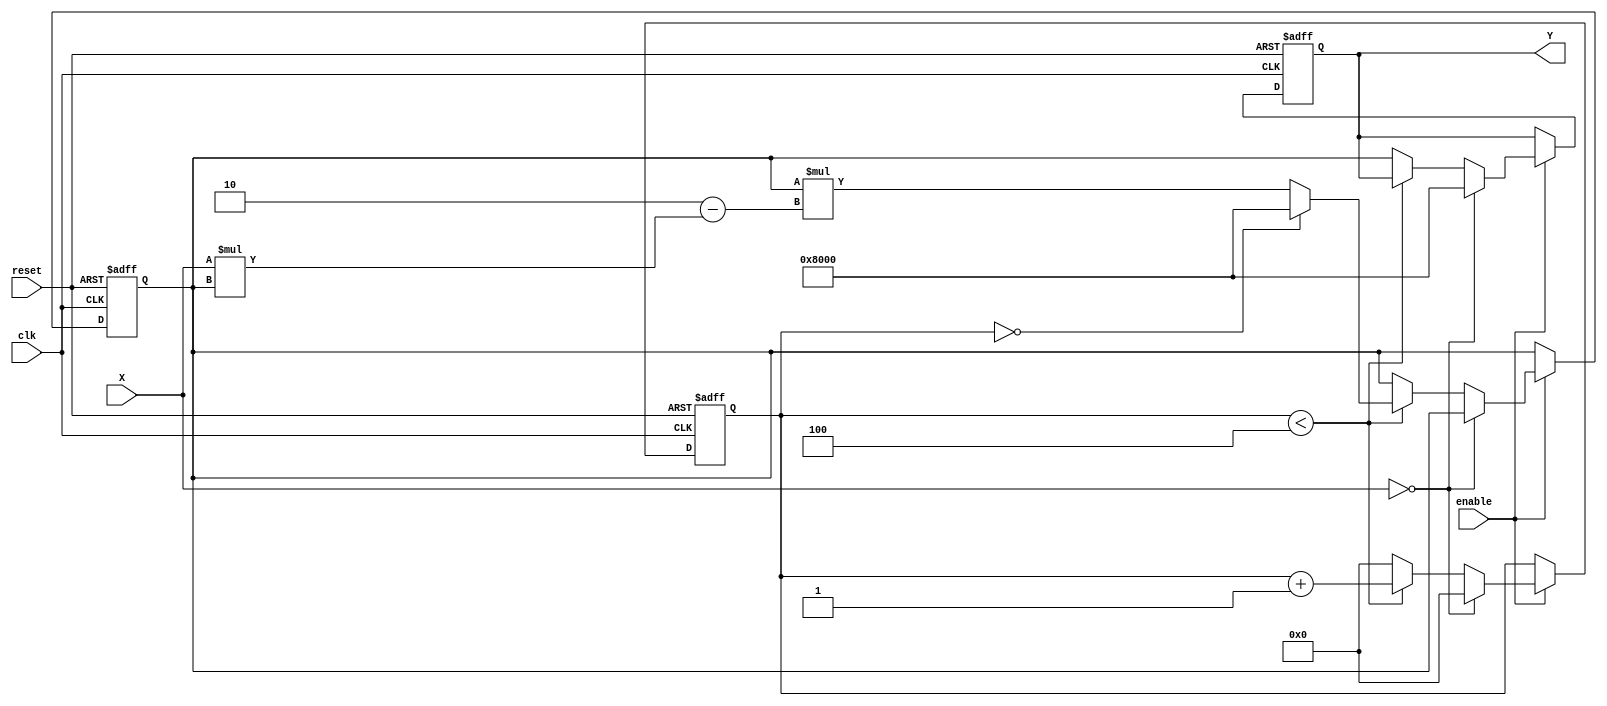
module binary_fractional_reciprocal #(
    parameter N = 16 // Width of input and output
)(
    input wire clk,           // Clock signal
    input wire reset,         // Reset signal
    input wire enable,        // Enable signal
    input wire [N-1:0] X,     // Input fractional value (0 to 1)
    output reg [N-1:0] Y      // Output reciprocal value (1 to )
);

    reg [N-1:0] Y_n;         // Current guess for the reciprocal
    reg [3:0] iteration;     // Iteration counter
    reg valid;               // Valid signal for output

    // Define maximum representable value for output
    localparam MAX_OUTPUT = {1'b1, {N-1{1'b0}}}; // 1.000... (N bits)

    // State machine for computing the reciprocal
    always @(posedge clk or posedge reset) begin
        if (reset) begin
            Y <= 0;
            Y_n <= 0;
            iteration <= 0;
            valid <= 0;
        end else if (enable) begin
            if (X == 0) begin
                // Handle division by zero case
                Y <= MAX_OUTPUT; // Set to maximum representable value
                valid <= 1;
                iteration <= 0; // Reset iteration
            end else if (iteration < 4) begin
                if (iteration == 0) begin
                    // Initial guess: Y_n = 1 (fixed-point representation)
                    Y_n <= {1'b1, {N-1{1'b0}}}; // Start with 1.0
                end else begin
                    // Newton-Raphson iteration
                    Y_n <= Y_n * (2 - X * Y_n);
                end
                iteration <= iteration + 1;
                valid <= 0; // Not valid until done
            end else begin
                // After iterations are done
                Y <= Y_n;
                valid <= 1;
                iteration <= 0; // Reset iteration for next input
            end
        end
    end

endmodule